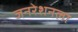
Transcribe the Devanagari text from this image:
जनरेशनला